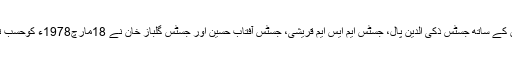
اس بنچ میں جسٹس مولوی مشتاق حسین کے ساتھ جسٹس ذکی الدین پال، جسٹس ایم ایس ایم قریشی، جسٹس آفتاب حسین اور جسٹس گلباز خان نے 18مارچ1978ء کوحسب توقع سزائے موت کا متفقہ فیصلہ سنایا۔